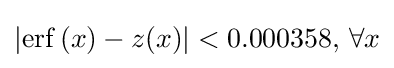
\left|\operatorname {erf} \left(x\right)-z(x)\right|<0.000358,\,\forall x